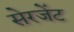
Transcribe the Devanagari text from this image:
सेरजेंट